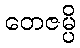
တေဇမ္ပိ